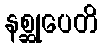
နစ္ဆုပေတိ